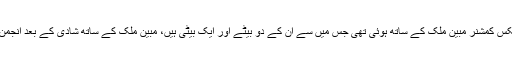
انجمن کی پہلی شادی انکم ٹیکس کمشنر مبین ملک کے ساتھ ہوئی تھی جس میں سے ان کے دو بیٹے اور ایک بیٹی ہیں، مبین ملک کے ساتھ شادی کے بعد انجمن برطانیہ منتقل ہو گئی تھیں۔